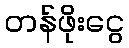
တန်ဖိုးငွေ